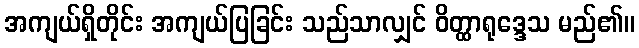
အကျယ်ရှိတိုင်း အကျယ်ပြခြင်း သည်သာလျှင် ဝိတ္ထာရုဒ္ဒေသ မည်၏။